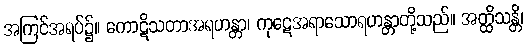
အကြင်အရပ်၌။ ကောဋိသတာအရဟန္တာ၊ ကုဋေအရာသောရဟန္တာတို့သည်။ အတ္ထိသန္တိ၊